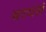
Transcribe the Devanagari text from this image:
बरचसं